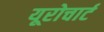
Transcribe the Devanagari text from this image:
यूरोचार्ट